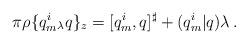
LaTeX: \begin{align*}\pi\rho\{{q^i_m} {}_\lambda q\}_z={[q^i_m,q]^\sharp}+(q^i_m|q)\lambda \,.\end{align*}